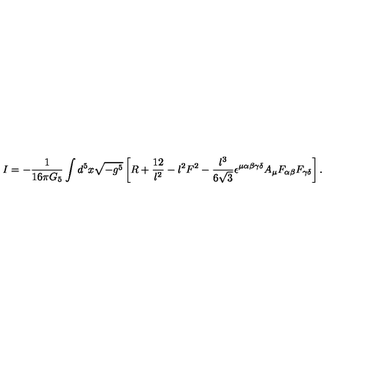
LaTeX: I = - { \frac { 1 } { 1 6 \pi G _ { 5 } } } \int d ^ { 5 } x \sqrt { - g ^ { 5 } } \left[ R + { \frac { 1 2 } { l ^ { 2 } } } - { l ^ { 2 } } F ^ { 2 } - { \frac { l ^ { 3 } } { 6 \sqrt { 3 } } } \epsilon ^ { \mu \alpha \beta \gamma \delta } A _ { \mu } F _ { \alpha \beta } F _ { \gamma \delta } \right] .